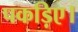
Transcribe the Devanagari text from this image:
पकड़िए।